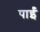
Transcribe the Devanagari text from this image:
पाईंं